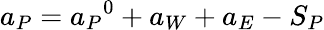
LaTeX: a_{P}={a_{P}}^{0}+a_{W}+a_{E}-S_{P}